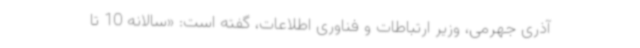
آذری جهرمی، وزیر ارتباطات و فناوری اطلاعات، گفته است: «سالانه 10 تا